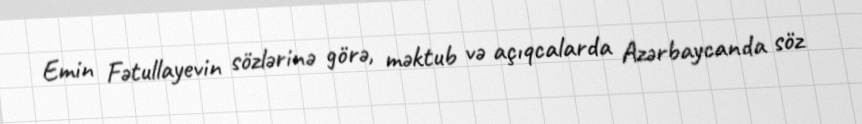
Emin Fətullayevin sözlərinə görə, məktub və açıqcalarda Azərbaycanda söz